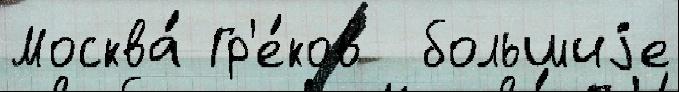
Москва́ Гр'е́ков  большиjе